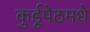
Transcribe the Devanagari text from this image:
कुर्डूपेठमधे